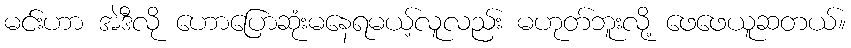
မင်းဟာ အဲဒီလို ဟောပြောဆုံးမနေရမယ့်လူလည်း မဟုတ်ဘူးလို့ ဖေဖေယူဆတယ်။